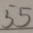
5 5